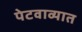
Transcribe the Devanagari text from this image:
पेटवाव्यात